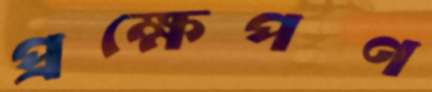
প্রক্ষেপণ